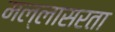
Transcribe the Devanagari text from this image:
मल्लासरता